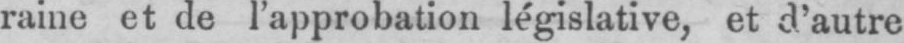
raine et de l’approbation législative, et d’autre